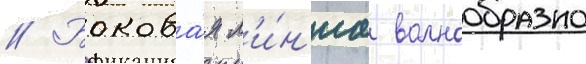
// Бокова́я л'и́н'иа волнообразно